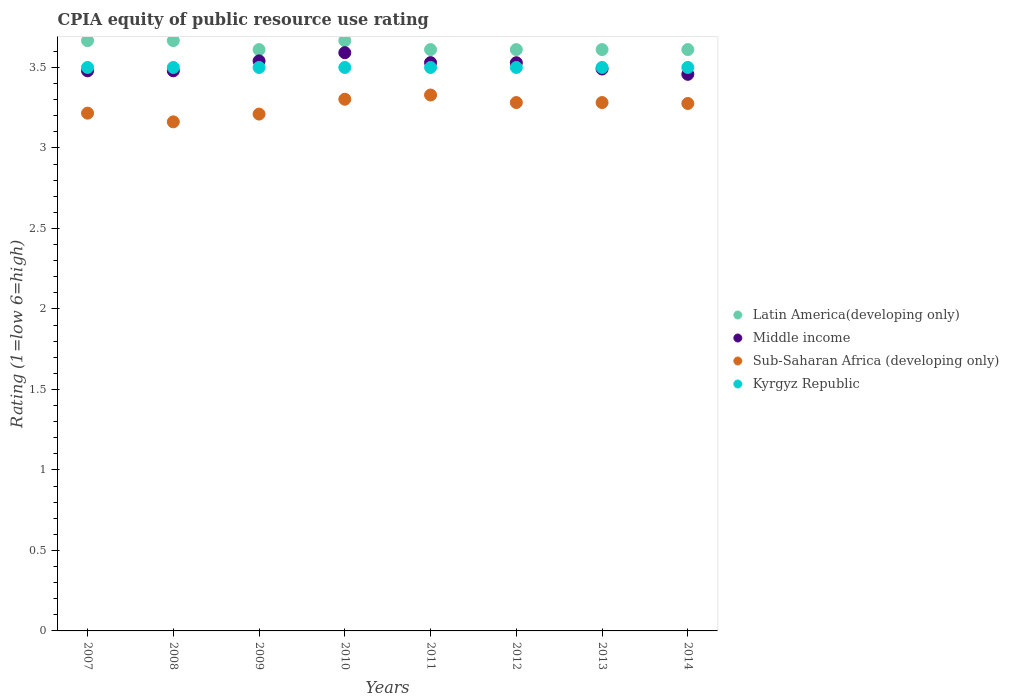
| Years | Latin America(developing only) | Middle income | Sub-Saharan Africa (developing only) | Kyrgyz Republic |
 | --- | --- | --- | --- | --- |
 | 2007 | 3.67 | 3.48 | 3.22 | 3.5 |
 | 2008 | 3.67 | 3.48 | 3.16 | 3.5 |
 | 2009 | 3.61 | 3.54 | 3.21 | 3.5 |
 | 2010 | 3.67 | 3.59 | 3.3 | 3.5 |
 | 2011 | 3.61 | 3.53 | 3.33 | 3.5 |
 | 2012 | 3.61 | 3.53 | 3.28 | 3.5 |
 | 2013 | 3.61 | 3.49 | 3.28 | 3.5 |
 | 2014 | 3.61 | 3.46 | 3.28 | 3.5 |